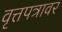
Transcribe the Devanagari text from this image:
वृत्तपत्रावर